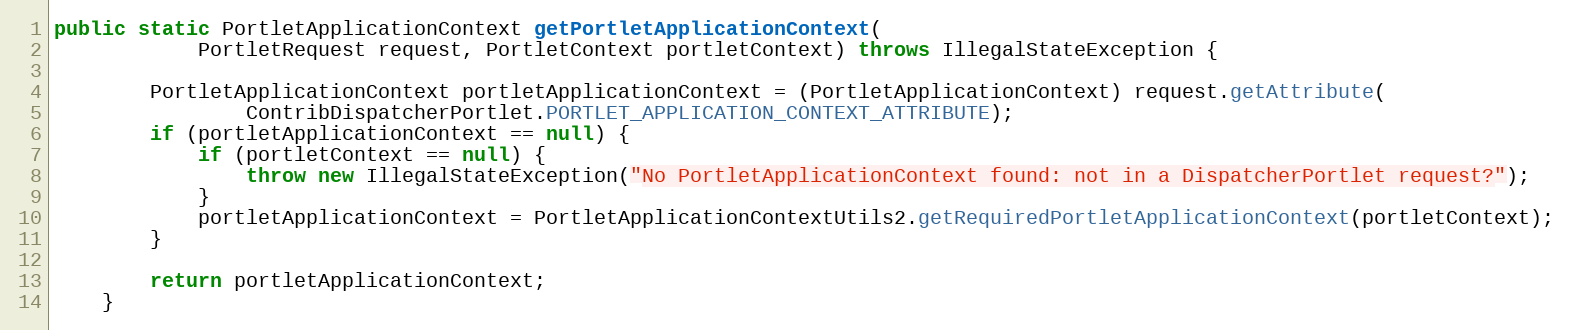
Language: Java
public static PortletApplicationContext getPortletApplicationContext(
            PortletRequest request, PortletContext portletContext) throws IllegalStateException {

        PortletApplicationContext portletApplicationContext = (PortletApplicationContext) request.getAttribute(
                ContribDispatcherPortlet.PORTLET_APPLICATION_CONTEXT_ATTRIBUTE);
        if (portletApplicationContext == null) {
            if (portletContext == null) {
                throw new IllegalStateException("No PortletApplicationContext found: not in a DispatcherPortlet request?");
            }
            portletApplicationContext = PortletApplicationContextUtils2.getRequiredPortletApplicationContext(portletContext);
        }

        return portletApplicationContext;
    }